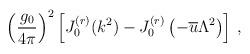
LaTeX: \begin{align*}\left(\frac{g_{0}}{4 \pi} \right)^{2} \left[ J^{(r)}_{0} (k^{2}) -J^{(r)}_{0} \left( -\overline{u} \Lambda^{2} \right) \right] \, ,\end{align*}